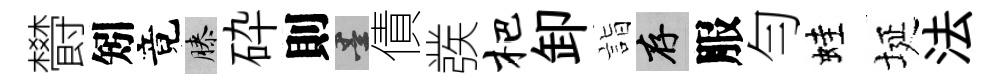
欎矧竟膝砕則墨債彂杷卸詣存服勻蛙埏法